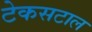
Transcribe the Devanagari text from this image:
टेकसटाल